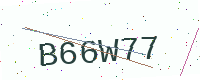
Text: B66W77